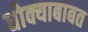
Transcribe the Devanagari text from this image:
धोक्याबाबत